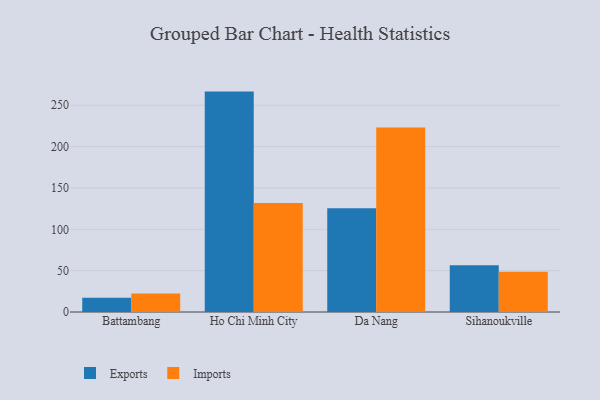
{"axis": {"x": "City", "y": "Demand Index"}, "legend": ["Exports", "Imports"], "data": [{"x": "Battambang", "y": 17.2, "type": "Exports"}, {"x": "Battambang", "y": 22.4, "type": "Imports"}, {"x": "Ho Chi Minh City", "y": 266.5, "type": "Exports"}, {"x": "Ho Chi Minh City", "y": 131.7, "type": "Imports"}, {"x": "Da Nang", "y": 125.5, "type": "Exports"}, {"x": "Da Nang", "y": 223.1, "type": "Imports"}, {"x": "Sihanoukville", "y": 56.5, "type": "Exports"}, {"x": "Sihanoukville", "y": 48.7, "type": "Imports"}]}